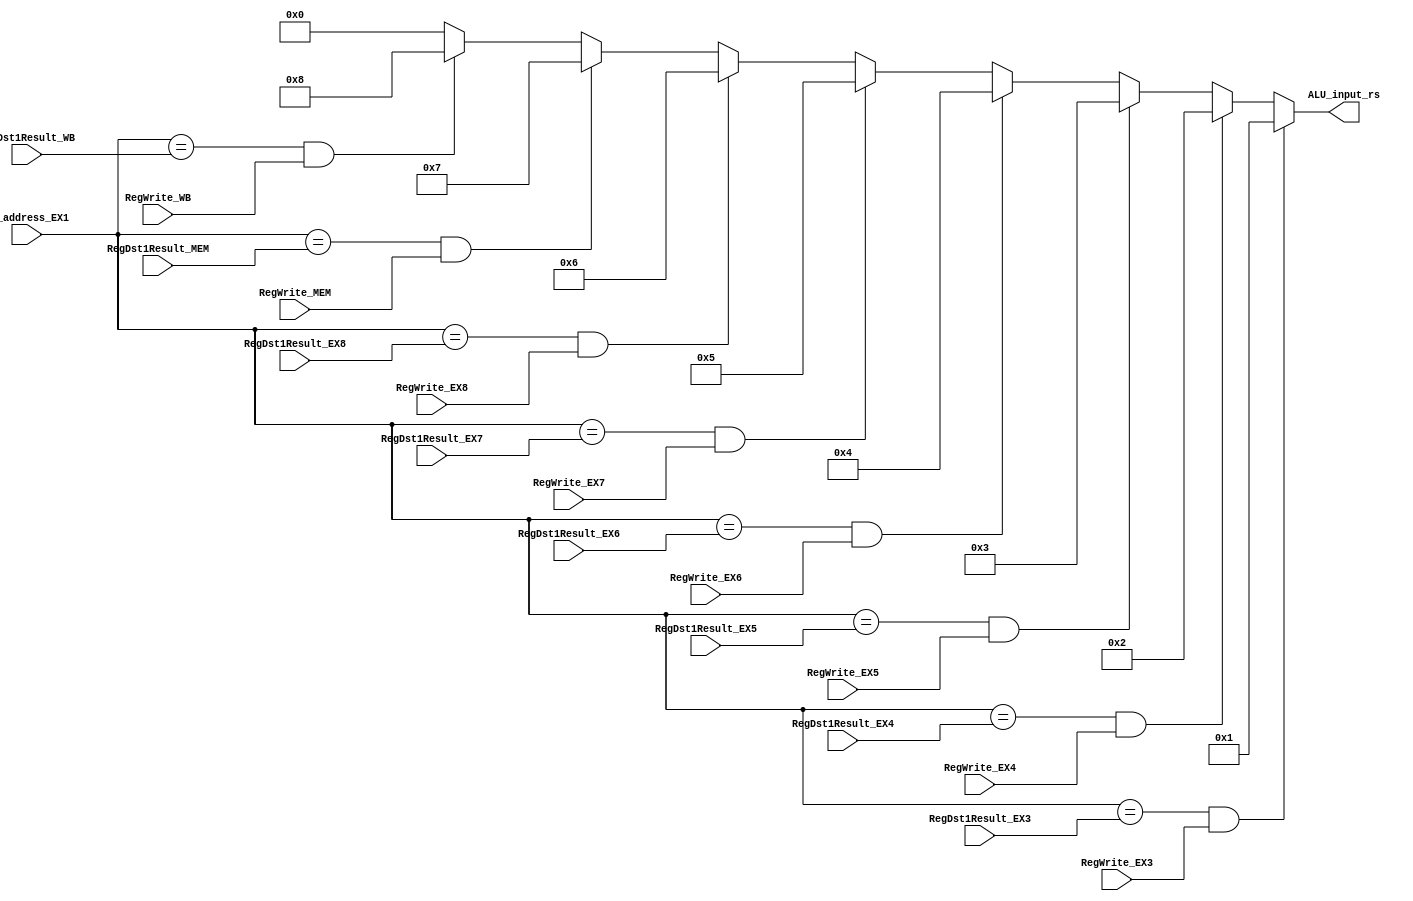
`timescale 1ns / 1ps

module ForwardingUnit(RegWrite_MEM, RegDst1Result_MEM, RegWrite_WB, RegDst1Result_WB, rs_address_EX1, ALU_input_rs, 
                    RegWrite_EX3,RegWrite_EX4,RegWrite_EX5,RegWrite_EX6,RegWrite_EX7,RegWrite_EX8,
                    RegDst1Result_EX3,RegDst1Result_EX4,RegDst1Result_EX5,RegDst1Result_EX6,RegDst1Result_EX7,RegDst1Result_EX8);

    input RegWrite_MEM, RegWrite_WB,RegWrite_EX3,RegWrite_EX4,RegWrite_EX5,RegWrite_EX6,RegWrite_EX7,RegWrite_EX8;
    input [4:0] RegDst1Result_MEM, RegDst1Result_WB,RegDst1Result_EX3,RegDst1Result_EX4,RegDst1Result_EX5,RegDst1Result_EX6,RegDst1Result_EX7,RegDst1Result_EX8;
    input [4:0] rs_address_EX1;
    output reg [3:0] ALU_input_rs;
    // MUX SIGNAL KEY:
    // 0 --> default
    // 1 --> EX3
    // 2 --> EX4
    // 3 --> EX5
    // 4 --> EX6
    // 5 --> EX7
    // 6 --> EX8
    // 7 --> forwarding from Memory
    // 8 --> forwarding from WriteBack

    initial begin
            ALU_input_rs <= 0;

    end
        always @(*)begin
        
        if ((rs_address_EX1 == RegDst1Result_EX3) && RegWrite_EX3)begin
                ALU_input_rs <= 4'b0001;
        end
        else if ((rs_address_EX1 == RegDst1Result_EX4) && RegWrite_EX4)begin
                ALU_input_rs <= 4'b0010;
        end
        else if ((rs_address_EX1 == RegDst1Result_EX5) && RegWrite_EX5)begin
                ALU_input_rs <= 4'b0011;
        end
        else if ((rs_address_EX1 == RegDst1Result_EX6) && RegWrite_EX6)begin
                ALU_input_rs <= 4'b0100;
        end
        else if ((rs_address_EX1 == RegDst1Result_EX7) && RegWrite_EX7)begin
                ALU_input_rs <= 4'b0101;
        end
        else if ((rs_address_EX1 == RegDst1Result_EX8) && RegWrite_EX8)begin
                ALU_input_rs <= 4'b0110;
        end
        else if ((rs_address_EX1 == RegDst1Result_MEM) && RegWrite_MEM)begin
                ALU_input_rs <= 4'b0111;
        end
        else if ((rs_address_EX1 == RegDst1Result_WB) && RegWrite_WB)begin
                ALU_input_rs <= 4'b1000;
        end
        else
            ALU_input_rs <= 4'b0000;
        
    end



endmodule